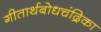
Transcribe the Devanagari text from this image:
गीतार्थबोधचंद्रिका